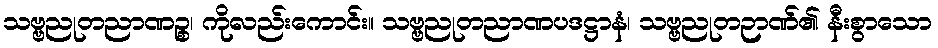
သဗ္ဗညုတညာဏဉ္စ၊ ကိုလည်းကောင်း။ သဗ္ဗညုတညာဏပဒဋ္ဌာနံ၊ သဗ္ဗညုတဉာဏ်၏ နီးစွာသော